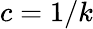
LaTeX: c=1/k